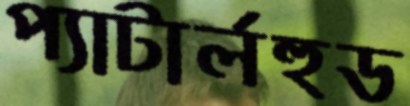
প্যাটার্লহুড